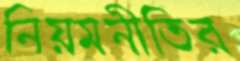
নিয়মনীতির